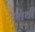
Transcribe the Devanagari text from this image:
भाथी